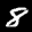
Label: 8